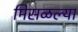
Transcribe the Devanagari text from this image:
मिसळल्या